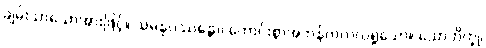
ချမ်းသာသောအားဖြင့်။ သမနုပဿန္တော၊ ကောင်းစွာအဘန်တလဲလဲရှုသော။ သောဘိက္ခု၊